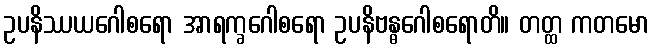
ဥပနိဿယဂေါစရော အာရက္ခဂေါစရော ဥပနိဗန္ဓဂေါစရောတိ။ တတ္ထ ကတမော